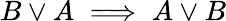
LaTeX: B\lor A\implies A\lor B